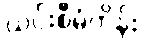
ယင်းစီမံကိန်း